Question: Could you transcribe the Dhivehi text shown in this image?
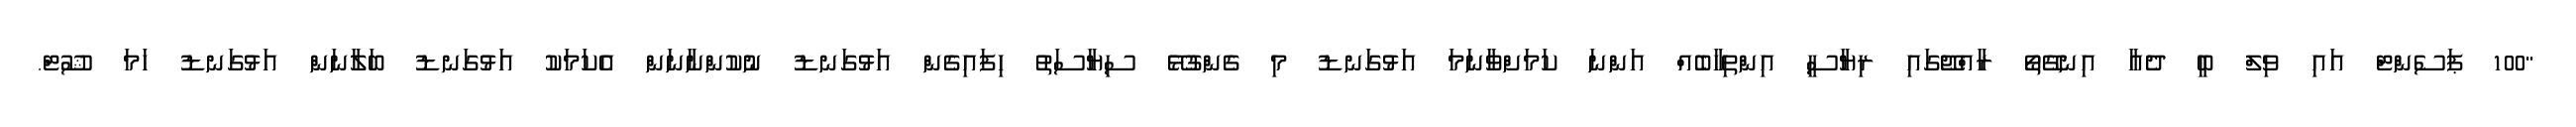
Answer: "100 ޕަސެންޓް އައި ވިލް ބީ ދެއާ އިނގޭތޯ ރާއްޖޭގައި ރިޔާސީ އިންތިހާބެއް އަންނަ ކަމަށްވާނަމަ އަޅުގަނޑު މި ގެންގުޅޭ ސިޔާސަތު ހިފައިގެން އަޅުގަނޑު ނުކުންނާނަން އެކަމަކު އަޅުގަނޑު ބަލާނަން އަޅުގަނޑު ހަމަ ޝޫޓް.